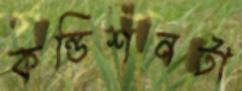
কন্ডিশনটা